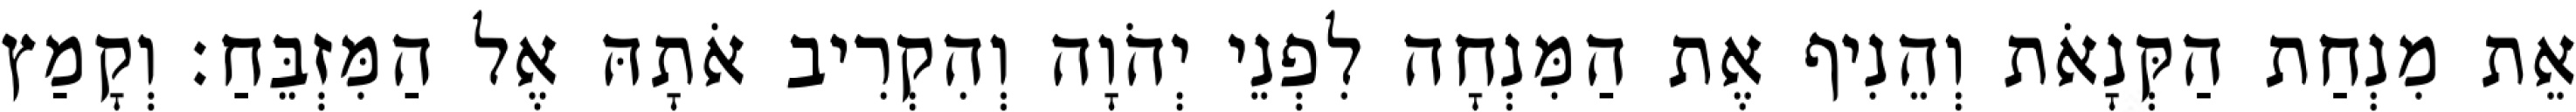
אֵת מִנְחַת הַקְּנָאֹת וְהֵנִיף אֶת הַמִּנְחָה לִפְנֵי יְהֹוָה וְהִקְרִיב אֹתָהּ אֶל הַמִּזְבֵּחַ׃ וְקָמַץ